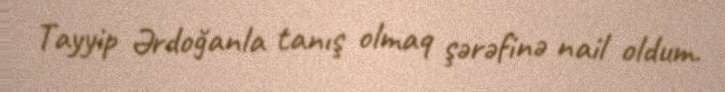
Tayyip Ərdoğanla tanış olmaq şərəfinə nail oldum.